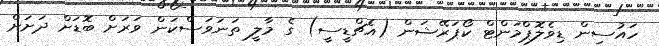
ހައުސިން ޑިވެލޮޕްމަންޓް ކޯޕަރޭޝަން (އެޗްޑީސީ) ގެ މާލީ ތަނަވަސްކަން ވަރަށް ބޮޑަށް ދަށަށް